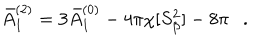
\bar { A } _ { 1 } ^ { ( 2 ) } = 3 \bar { A } _ { 1 } ^ { ( 0 ) } - 4 \pi \chi [ S _ { \beta } ^ { 2 } ] - 8 \pi .